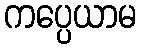
ကပ္ပေယာမ